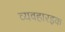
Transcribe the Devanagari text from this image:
व्यवहारइक